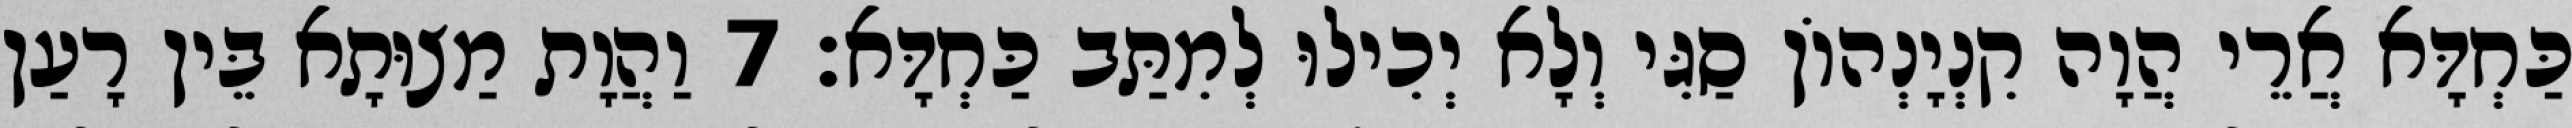
כַּחְדָּא אֲרֵי הֲוָה קִנְיָנְהוֹן סַגִּי וְלָא יְכִילוּ לְמִתַּב כַּחְדָּא׃ 7 וַהֲוָת מַצוּתָא בֵּין רָעַן